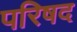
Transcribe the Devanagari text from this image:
परिषद